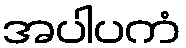
အပါပကံ